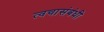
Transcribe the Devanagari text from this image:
त्वचासंबंधी